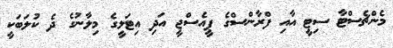
މެންޗެސްޓާ ސިޓީ އާއި ފްރާންސްގެ ޕީއެސްޖީ އަދި އިޓަލީގެ މިލާނުގެ ދެ ކުލަބަކީ